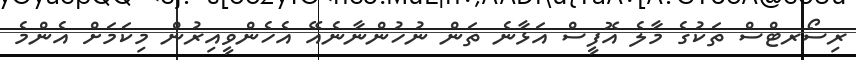
ރިސޯރޓްސް ތަކުގެ މާލެ އޮފީސް އަޅާނެ ތަން ނުހުންނާނެއޭ އެހެންވީއިރުން މިކަމަށް އެންމެ